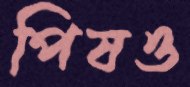
পিষও